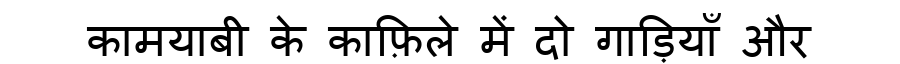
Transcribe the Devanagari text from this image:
कामयाबी के काफ़िले में दो गाड़ियाँ और